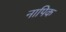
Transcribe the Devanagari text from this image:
नापिक